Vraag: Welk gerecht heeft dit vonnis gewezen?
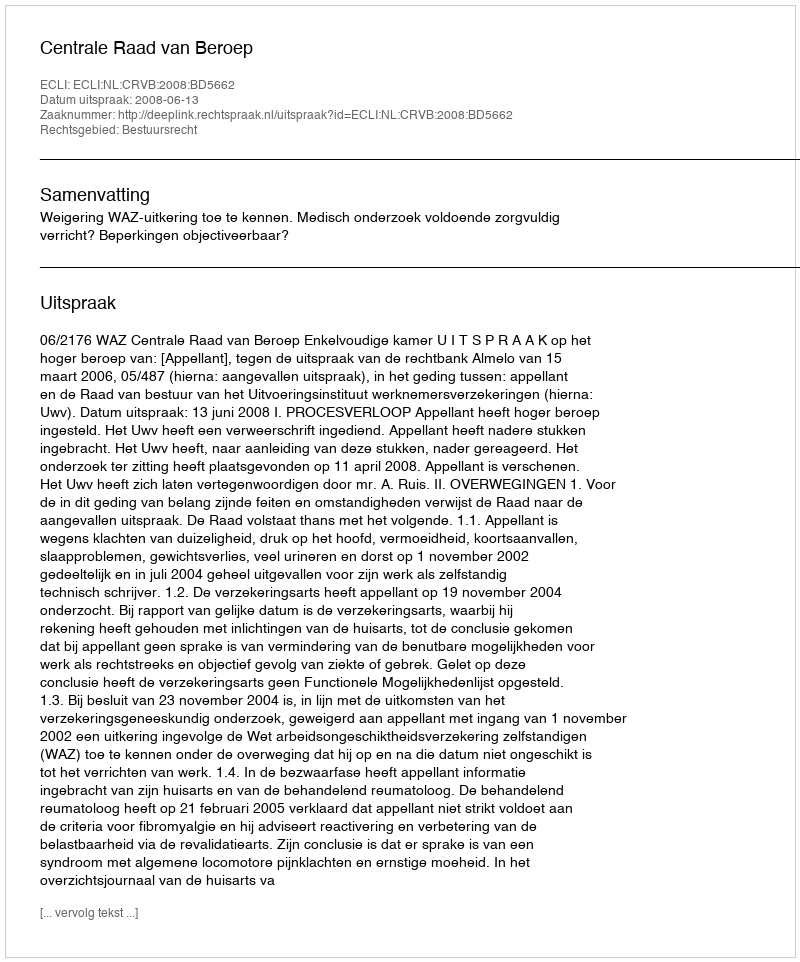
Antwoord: Centrale Raad van Beroep